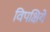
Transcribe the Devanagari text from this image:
विपक्षिये